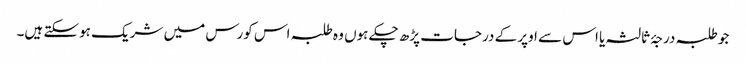
جو طلبہ درجۂ ثالثہ یا اس سے اوپر کے درجات پڑھ چکے ہوں وہ طلبہ اس کورس میں شریک ہوسکتے ہیں۔